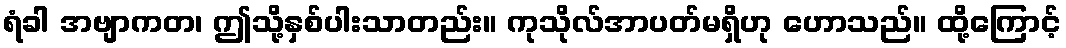
ရံခါ အဗျာကတ၊ ဤသို့နှစ်ပါးသာတည်း။ ကုသိုလ်အာပတ်မရှိဟု ဟောသည်။ ထို့ကြောင့်